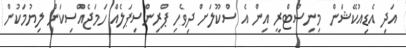
އަދި އެޑިއުކޭޝަން މިނިސްޓްރީ އިން އެ ސްކޫލަށް ދިވެހި ޕްރިންސިޕަލެއް ހަމަޖެއްސިކަން ލިޔުމަކުން